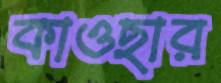
কাওছার